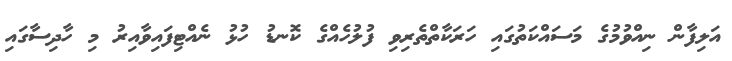
އަލިފާން ނިއްވުމުގެ މަސައްކަތުގައި ހަރަކާތްތެރިވި ފުލުހެއްގެ ކޮނޑު ހުޅު ނެއްޓިފައިވާއިރު މި ހާދިސާގައި